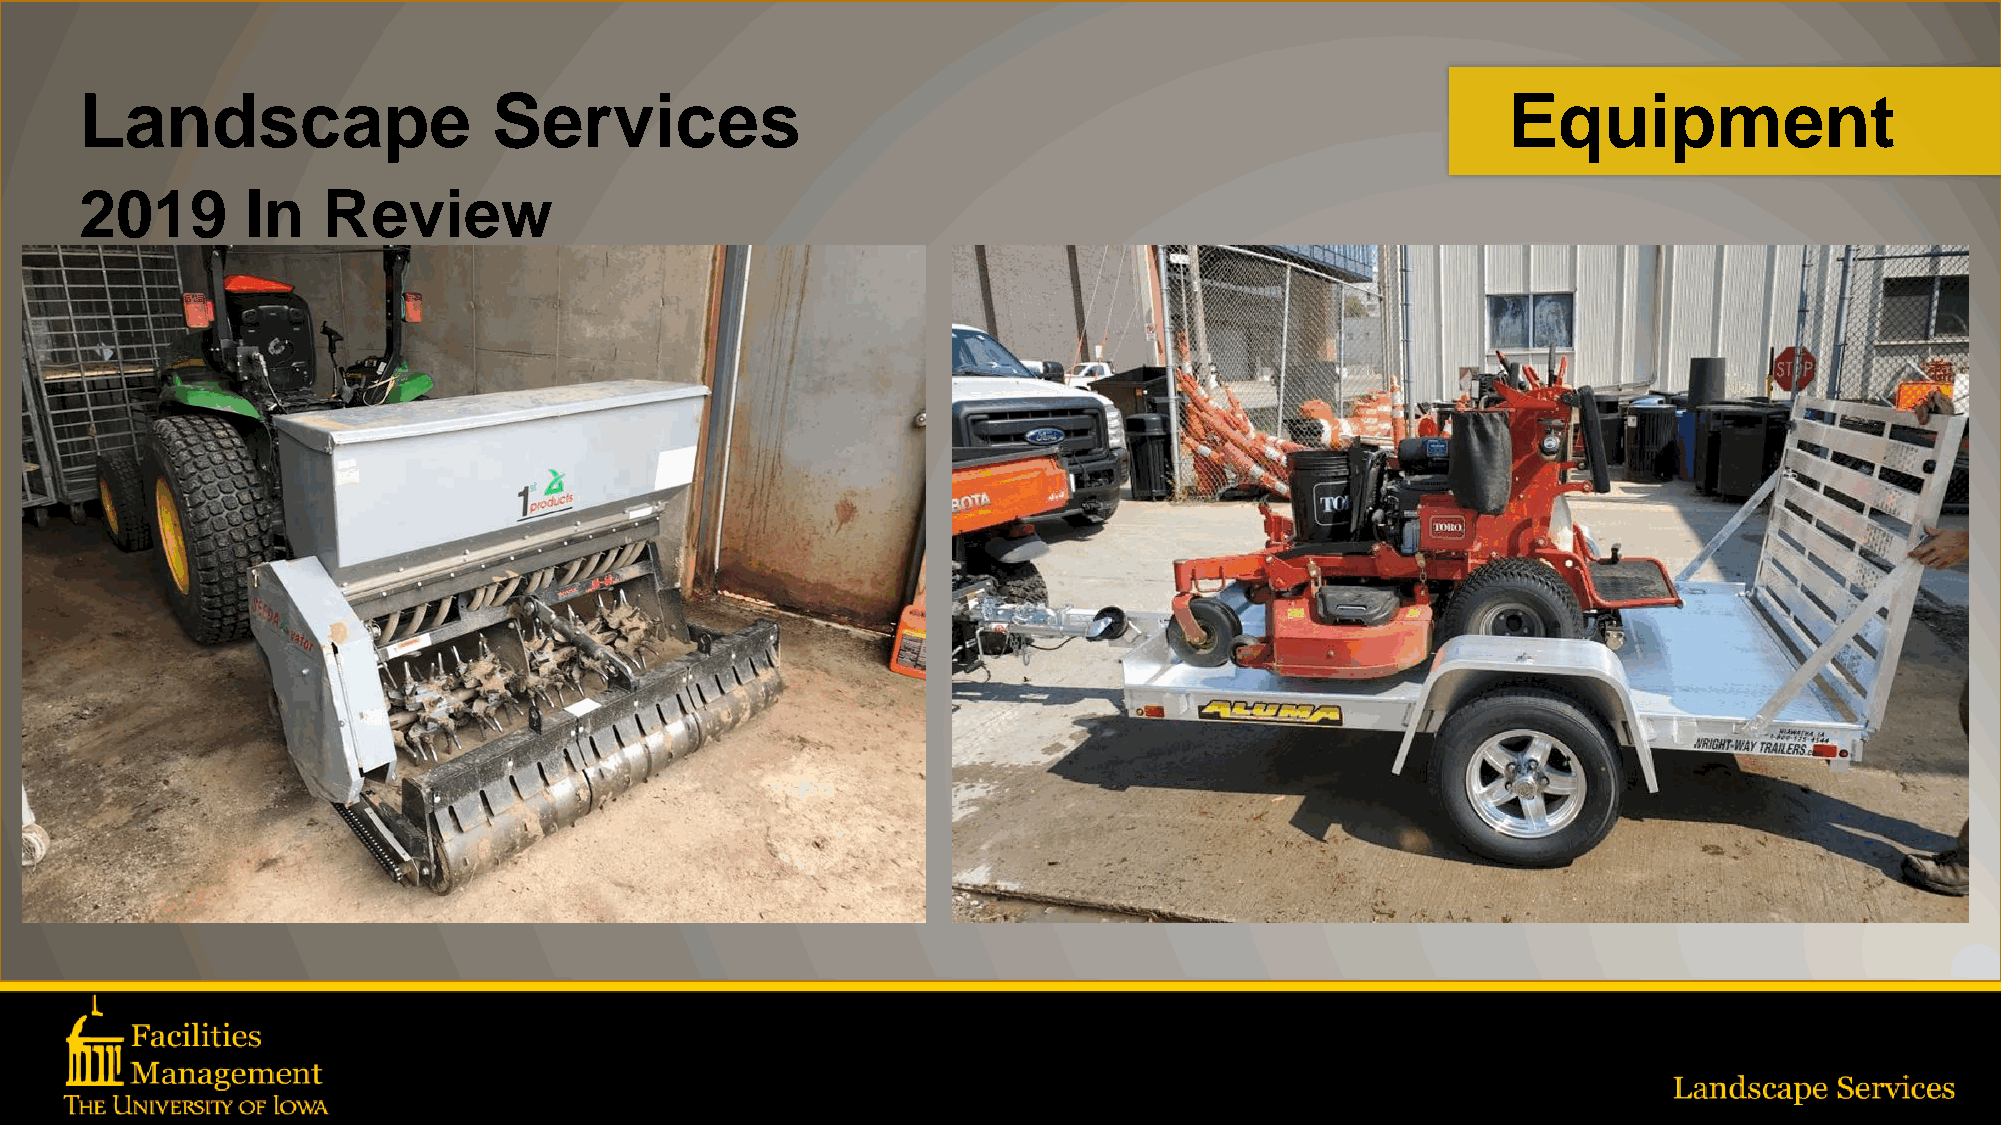
Landscape                   Services                                                           Equipment
 2019       In   Review